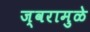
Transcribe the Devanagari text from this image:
ज्वरामुळे